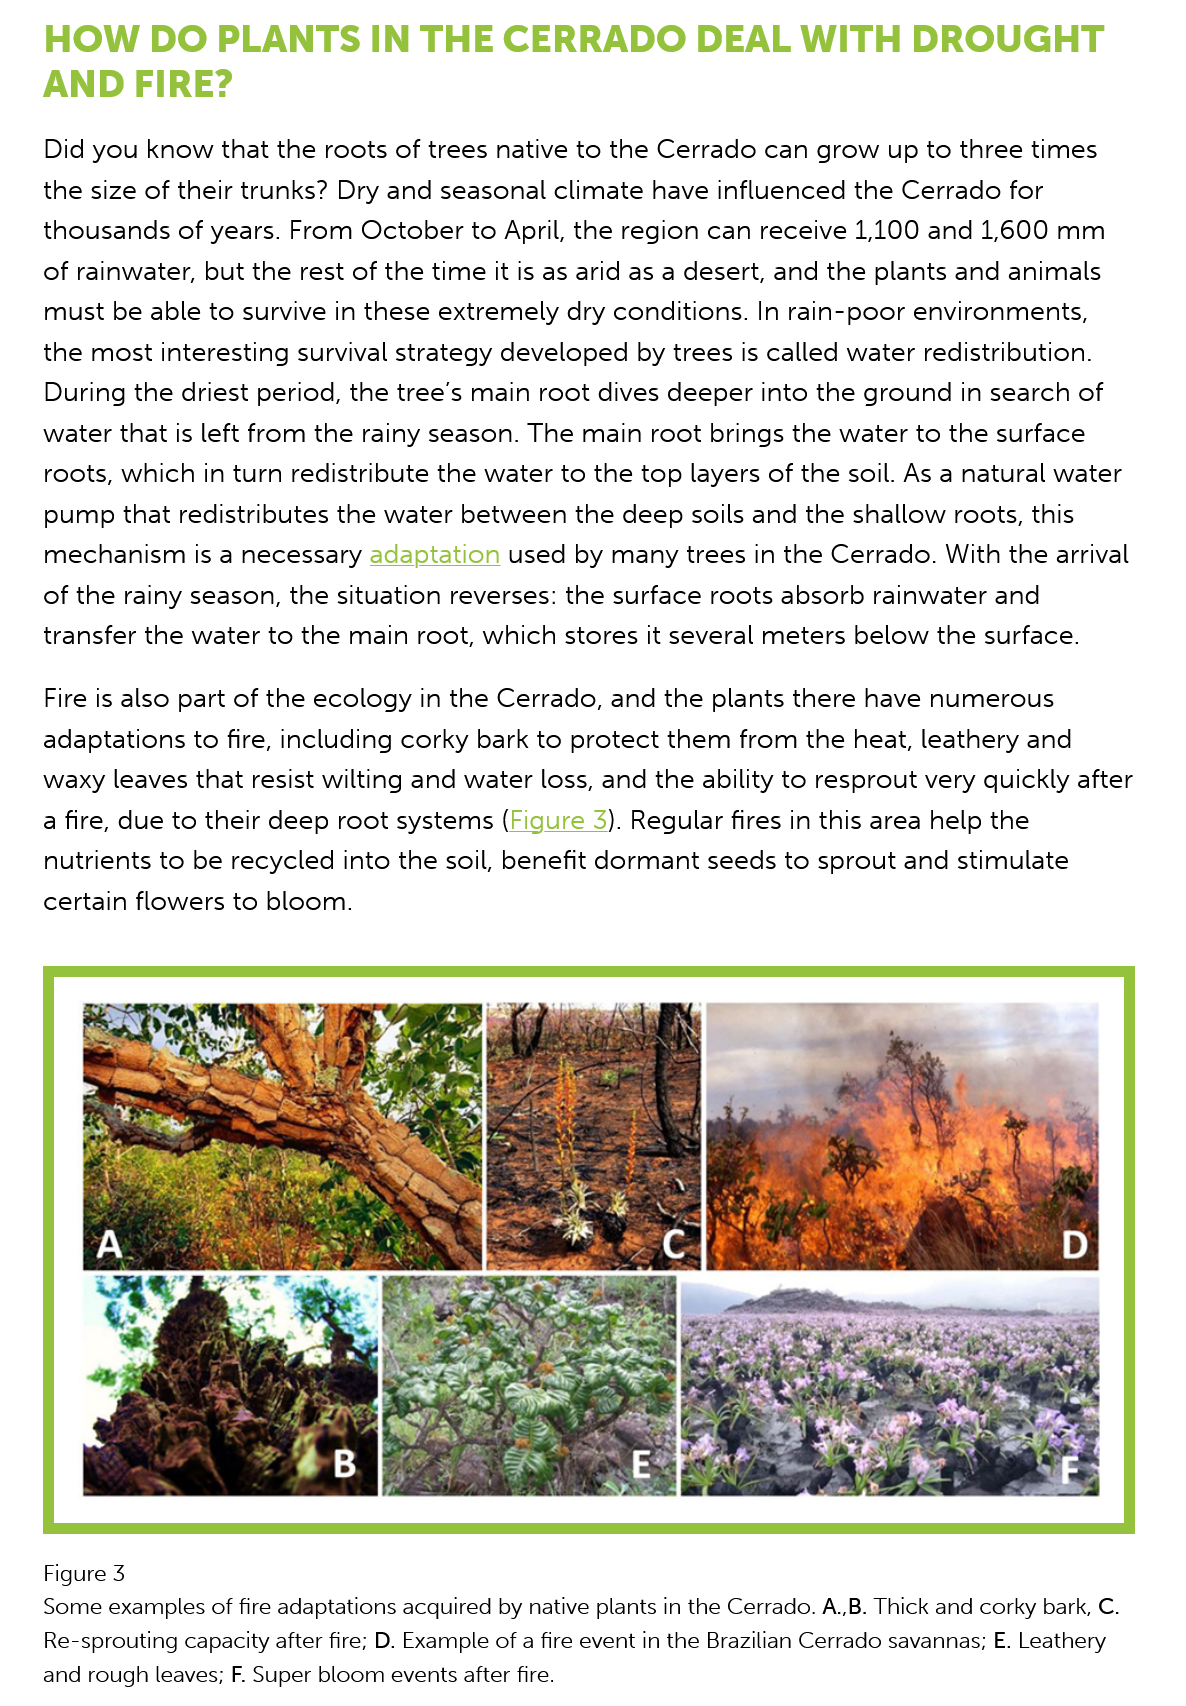
HOW    DO PLANTS    IN    THE    CERRADO    DEAL    WITH    DROUGHT
    AND    FIRE?
    Did you  know that  the roots of trees native to the Cerrado  can  grow  up to three times
    the size of their trunks? Dry and seasonal  climate  have influenced  the Cerrado  for
    thousands of   years. From  October to  April, the region can receive 1,100 and  1,600 mm
    of rainwater, but the rest of the time it is as arid as a desert, and the plants and animals
    must be able   to survive in these extremely dry conditions.  In rain-poor environments,
    the most interesting  survival strategy developed  by trees is called water redistribution.
    During  the driest period, the tree’s main root dives deeper into  the ground in search  of
    water that is left from the rainy season. The  main root brings  the water to the surface
    roots, which in turn  redistribute the water to the top layers of the soil. As a natural water
    pump that   redistributes the water between   the deep soils and  the shallow roots, this
    mechanism    is a necessary adaptation  used  by many trees  in the Cerrado.  With the arrival
    of the rainy season, the situation reverses: the surface roots  absorb rainwater  and
    transfer the water  to the main root, which  stores it several meters below  the surface.
    Fire is also part of the ecology in the Cerrado, and  the plants there have numerous
    adaptations to fire, including corky bark  to protect them  from  the heat, leathery and
    waxy leaves that resist wilting and water loss, and  the ability to resprout very quickly after
    a fire, due to their deep root systems (Figure 3). Regular fires in this area help the
    nutrients to be recycled  into the soil, benefit dormant seeds  to sprout and  stimulate

    certain flowers to bloom.
    Figure 3
    Some  examples of fire adaptations acquired by native plants in the Cerrado. A.,B. Thick and corky bark, C.
    Re-sprouting capacity after fire; D. Example of a fire event in the Brazilian Cerrado savannas; E. Leathery
    and rough leaves; F. Super bloom events after fire.